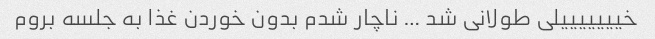
خیییییییلی طولانی شد … ناچار شدم بدون خوردن غذا به جلسه بروم